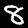
Label: 8